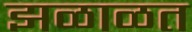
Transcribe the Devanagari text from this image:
झळाळत